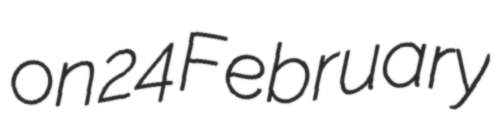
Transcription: on 24 February